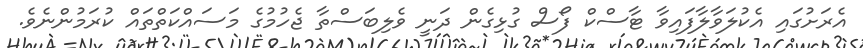
އެރަށުގައި އެކުލަވާލާފައިވާ ޓާސްކް ފޯސް ގުޅިގެން ދަނީ ވެލިބަސްތާ ޖެހުމުގެ މަސައްކަތްތައް ކުރަމުންނެވެ.